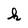
Character: h